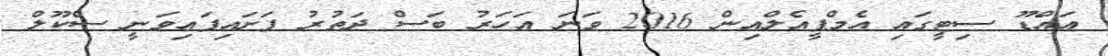
އައްޑޫ ސިޓީގައި އެމްޕީއެލްއިން 2016 ވަނަ އަހަރު ބަސް ދަތުރު ފަށައިފައިވަނީ ސްކޫލް